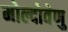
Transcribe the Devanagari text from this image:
मोल्दोवेणु